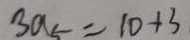
3 a _ { 5 } = 1 0 + 3